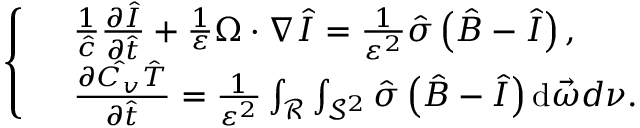
\left\{ \begin{array} { r l } & { \frac { 1 } { \hat { c } } \frac { \partial \hat { I } } { \partial \hat { t } } + \frac { 1 } { \varepsilon } \Omega \cdot \nabla \hat { I } = \frac { 1 } { \varepsilon ^ { 2 } } \hat { \sigma } \left( \hat { B } - \hat { I } \right) , } \\ & { \frac { \partial \hat { C _ { v } } \hat { T } } { \partial \hat { t } } = \frac { 1 } { \varepsilon ^ { 2 } } \int _ { \mathcal { R } } \int _ { \mathcal { S } ^ { 2 } } \hat { \sigma } \left( \hat { B } - \hat { I } \right) \mathrm { d } \vec { \omega } d \nu . } \end{array} \right.